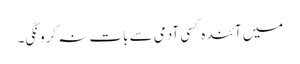
میں آئندہ کسی آدمی سے بات نہ کرونگی۔